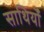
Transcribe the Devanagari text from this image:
साथियोँ